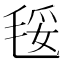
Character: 𣮄